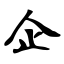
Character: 企